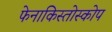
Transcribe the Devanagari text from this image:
फेनाकिस्तोस्कोप